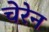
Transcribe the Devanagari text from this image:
चेरेन